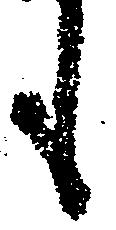
も